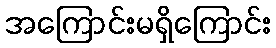
အကြောင်းမရှိကြောင်း